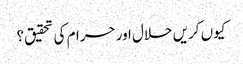
کیوں کریں حلال اور حرام کی تحقیق؟